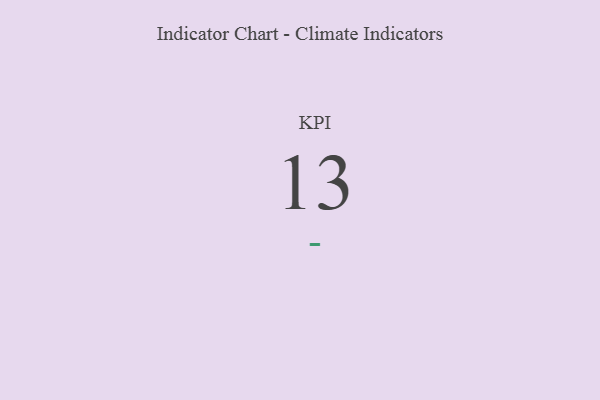
{"axis": {"x": "KPI", "y": "Value"}, "legend": [""], "data": [{"x": "KPI", "y": 13, "type": ""}]}